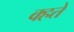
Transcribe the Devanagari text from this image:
क्हते